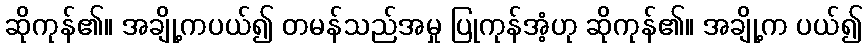
ဆိုကုန်၏။ အချို့ကပယ်၍ တမန်သည်အမှု ပြုကုန်အံ့ဟု ဆိုကုန်၏။ အချို့က ပယ်၍